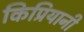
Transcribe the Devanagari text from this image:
किप्रियानी